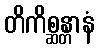
တိကိစ္ဆန္တာနံ